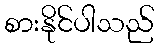
စားနိုင်ပါသည်